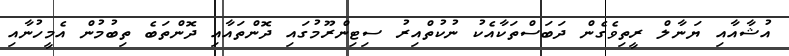
އުޝާއާއި ޔަނާލް ރީތިވެގެން ދަބަސްތަކާއެކު ނުކުތްއިރު ސިޓިންރޫމުގައި ދޮންތައާއި ދޮންތަބެ ތިބުމުން އެމީހުނާއި